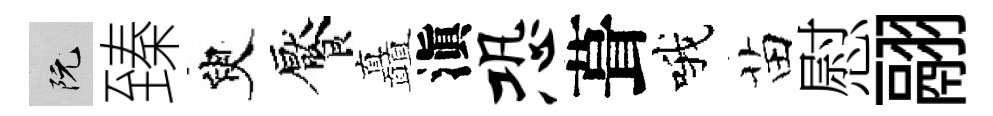
阮臻臾饜矗滇恐葺哦苗慰翮